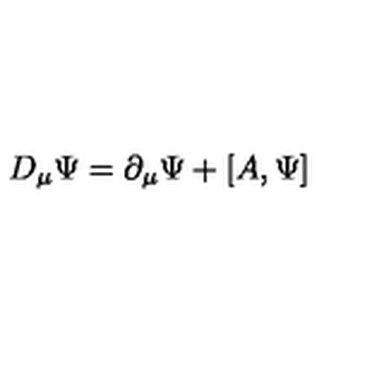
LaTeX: D _ { \mu } \Psi = \partial _ { \mu } \Psi + \left[ A , \Psi \right]